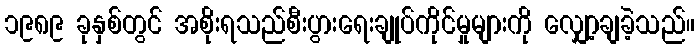
၁၉၈၉ ခုနှစ်တွင် အစိုးရသည်စီးပွားရေးချုပ်ကိုင်မှုများကို လျှော့ချခဲ့သည်။